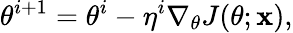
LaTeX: \theta^{i+1}=\theta^{i}-\eta^{i}\nabla_{\theta}J(\theta;\mathbf{x}),